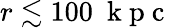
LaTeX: r\lesssim 100~\mathrm{~k~p~c~}